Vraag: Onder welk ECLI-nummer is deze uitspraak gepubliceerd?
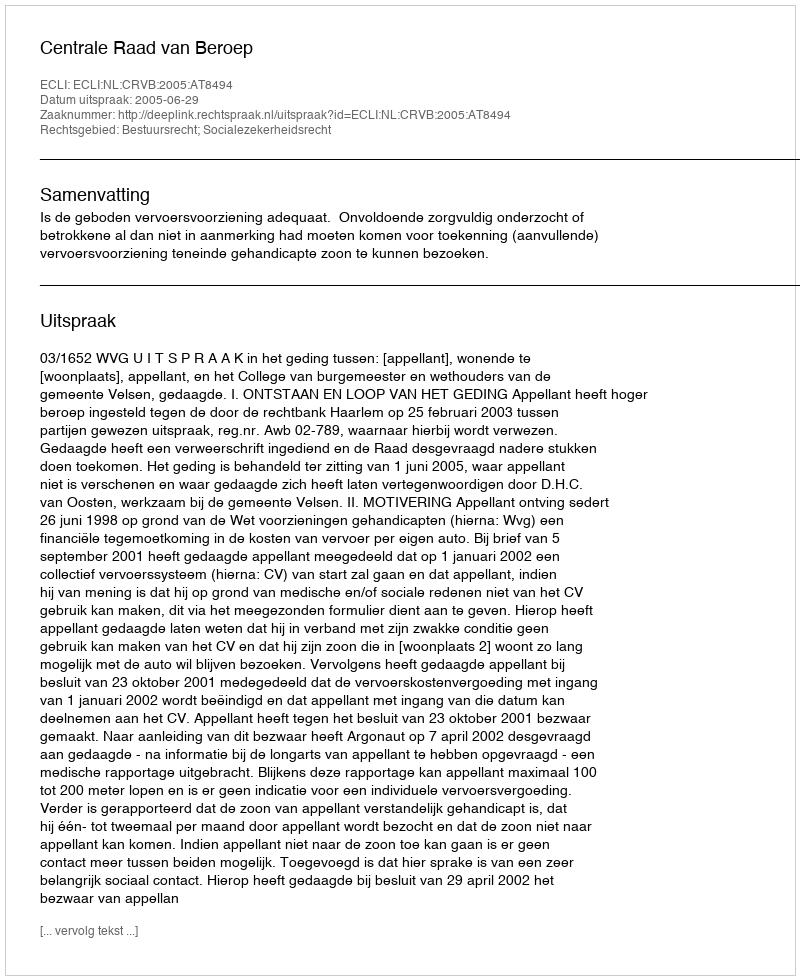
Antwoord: ECLI:NL:CRVB:2005:AT8494